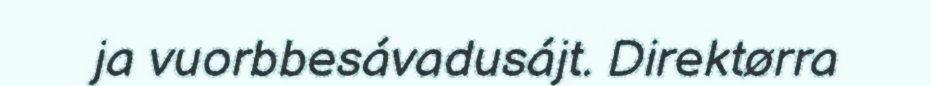
ja vuorbbesávadusájt. Direktørra